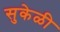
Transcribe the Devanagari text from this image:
सुकेळी